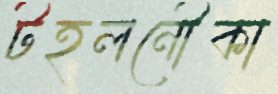
টহলনৌকা